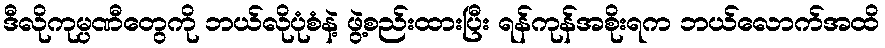
ဒီလိုကုမ္ပဏီတွေကို ဘယ်လိုပုံစံနဲ့ ဖွဲ့စည်းထားပြီး ရန်ကုန်အစိုးရက ဘယ်လောက်အထိ